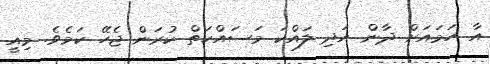
އާ ހަމައަށް ދާން އަދި ލައްކަ މަސައްކަތް ކުރަން ޖެހޭ ކަމެވެ. މިއީ